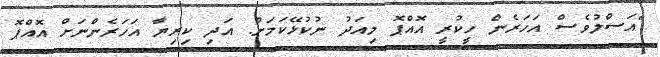
"އަސްލުވެސް އަހަރެން ހީކުރީ އޮއްޕޮ މިއަދު ނުކުޅޭކަމަށް. އަދި ކިރިޔާ އަހަރެންނަށް އޮއްޕޮ